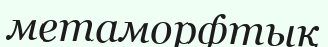
метаморфтық